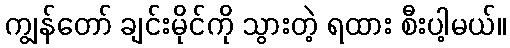
ကျွန်တော် ချင်းမိုင်ကို သွားတဲ့ ရထား စီးပါ့မယ်။